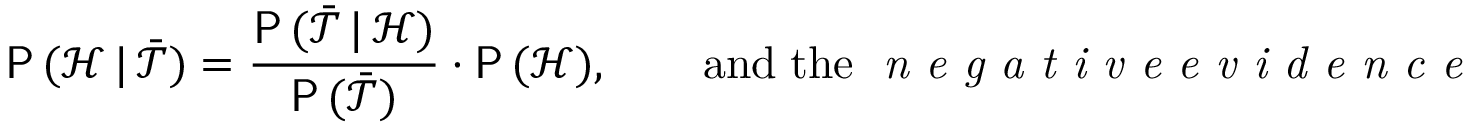
\mathsf { P } \, ( \mathcal { H } \, | \, \bar { \mathcal { T } } ) = \frac { \mathsf { P } \, ( \bar { \mathcal { T } } \, | \, \mathcal { H } ) } { \mathsf { P } \, ( \bar { \mathcal { T } } ) } \cdot \mathsf { P } \, ( \mathcal { H } ) , \qquad \mathrm { a n d \; t h e } \; \textit { n e g a t i v e e v i d e n c e }